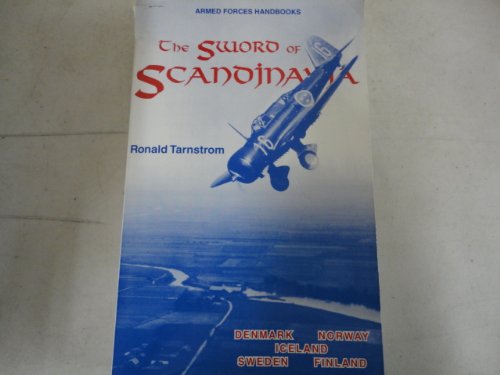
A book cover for Sword of Scandinavia Armed Forces Handbook: The Military History of Denmark, Norway, Iceland, Sweden, Finland (Armed Forces Handbooks); Ronald L. Tarnstrom; History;